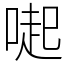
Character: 𠺬